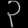
Digit: ၃